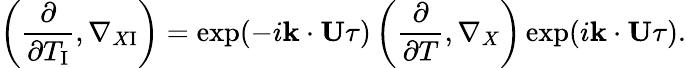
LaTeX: \left({\frac{\partial}{\partial T_{\mathrm{{I}}}},\nabla_{X\mathrm{{I}}}}\right)=\exp(-i{\mathbf{k}}\cdot{\mathbf{U}}\tau)\left({\frac{\partial}{\partial T},\nabla_{X}}\right)\exp(i{\mathbf{k}}\cdot{\mathbf{U}}\tau).